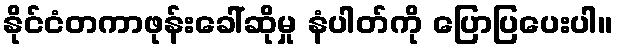
နိုင်ငံတကာဖုန်းခေါ်ဆိုမှု နံပါတ်ကို ပြောပြပေးပါ။